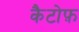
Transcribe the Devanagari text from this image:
कैटोफ़